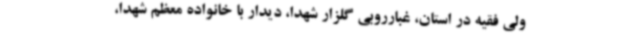
ولی فقیه در استان، غبارروبی گلزار شهدا، دیدار با خانواده معظم شهدا،